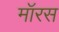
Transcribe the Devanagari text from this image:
मॉरस